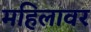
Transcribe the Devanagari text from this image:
महिलावर